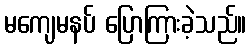
မကျေမနပ် ပြောကြားခဲ့သည်။